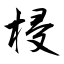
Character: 梫